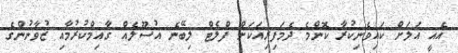
އެއީ އަލަށް ކައިވެނިކުރާ ކޮންމެ ދެމަފިރިއަކަށް ފްލެޓް ލިބޭނެ އުސޫލެއް ގާއިމްކުރުމާއި ޒުވާނުންގެ